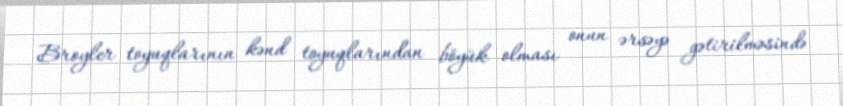
Broyler toyuqlarının kənd toyuqlarından böyük olması onun ərsəyə gətirilməsində